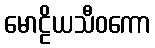
မောဠိယသီဝကော